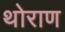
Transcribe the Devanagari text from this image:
थोराण